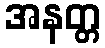
အနတ္တ